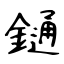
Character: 𨫤